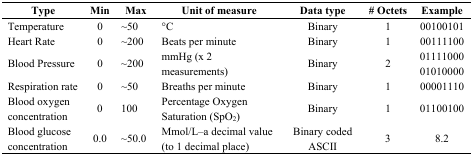
<table><thead><tr><td><b>Type</b></td><td><b>Min</b></td><td><b>Max</b></td><td><b>Unit of measure</b></td><td><b>Data type</b></td><td><b># Octets</b></td><td><b>Example</b></td></tr></thead><tbody><tr><td>Temperature</td><td>0</td><td>∼50</td><td>°C</td><td>Binary</td><td>1</td><td>00100101</td></tr><tr><td>Heart Rate</td><td>0</td><td>∼200</td><td>Beats per minute</td><td>Binary</td><td>1</td><td>00111100</td></tr><tr><td rowspan="2">Blood Pressure</td><td rowspan="2">0</td><td rowspan="2">∼200</td><td rowspan="2">mmHg (x 2 measurements)</td><td rowspan="2">Binary</td><td rowspan="2">2</td><td>01111000</td></tr><tr><td>01010000</td></tr><tr><td>Respiration rate</td><td>0</td><td>∼50</td><td>Breaths per minute</td><td>Binary</td><td>1</td><td>00001110</td></tr><tr><td rowspan="2">Blood oxygen concentration</td><td rowspan="2">0</td><td rowspan="2">100</td><td>Percentage Oxygen</td><td rowspan="2">Binary</td><td rowspan="2">1</td><td rowspan="2">01100100</td></tr><tr><td>Saturation (SpO<sub>2</sub>)</td></tr><tr><td>Blood glucose concentration</td><td>0.0</td><td>∼50.0</td><td>Mmol/L–a decimal value (to 1 decimal place)</td><td>Binary coded ASCII</td><td>3</td><td>8.2</td></tr></tbody></table>